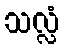
သလ္လံ